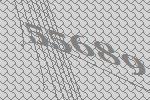
55689